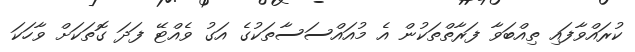
ކުރައްވާފައި ތިއްބަވާ ފަރާތްތަކުން އެ މުއައްސަސާތަކުގެ އަގު ވެއްޓޭ ފަދަ ގޮތަކަށް ވާހަކަ